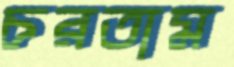
চরতাম